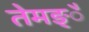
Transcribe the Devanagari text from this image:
तेमङ्ै